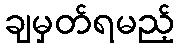
ချမှတ်ရမည့်